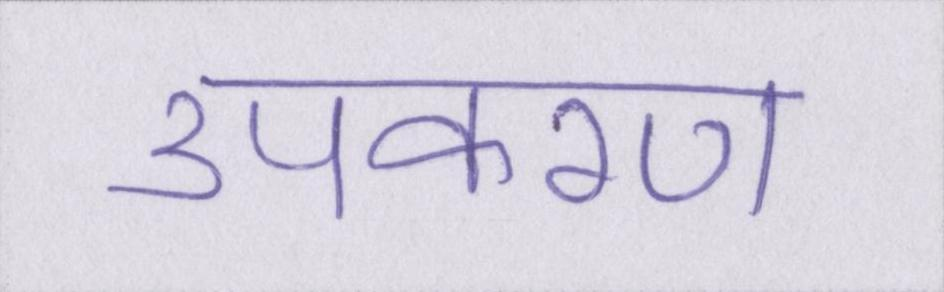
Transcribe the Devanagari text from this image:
उपकरण